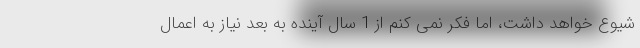
شیوع خواهد داشت، اما فکر نمی کنم از 1 سال آینده به بعد نیاز به اعمال